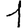
Digit: 1